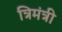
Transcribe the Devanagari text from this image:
त्रिमंत्री